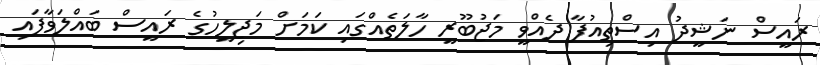
ރައީސް ނަޝީދު އިސްތިއުފާ ދެއްވީ މަޖުބޫރީ ހާލަތެއްގައި ކަމަށް މަޖިލީހުގެ ރައީސް ބައްލަވާފައި